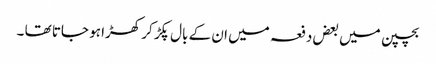
بچپن میں بعض دفعہ میں ان کے بال پکڑ کر کھڑا ہو جاتا تھا ۔